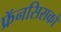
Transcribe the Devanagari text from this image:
फ्रॅनसिसको